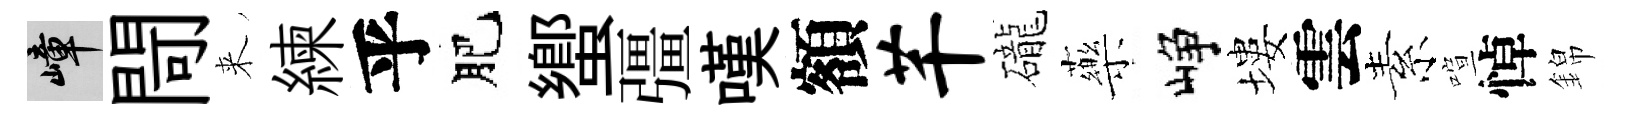
嶂閜来練乎肥蠁彊嘆額芊礲藥峥塿雲素喧悼錦